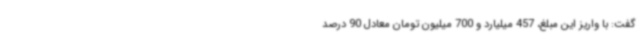
گفت: با واریز این مبلغ، 457 میلیارد و 700 میلیون تومان معادل 90 درصد